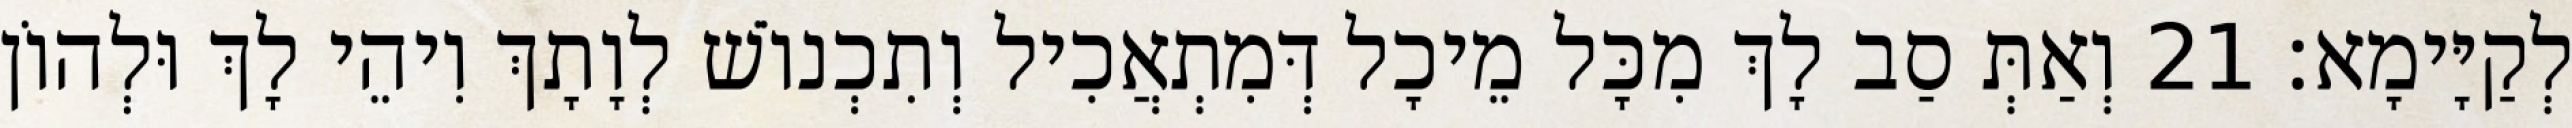
לְקַיָּימָא׃ 21 וְאַתְּ סַב לָךְ מִכָּל מֵיכָל דְּמִתְאֲכִיל וְתִכְנוֹשׁ לְוָתָךְ וִיהֵי לָךְ וּלְהוֹן